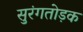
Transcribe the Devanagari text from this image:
सुरंगतोड़क